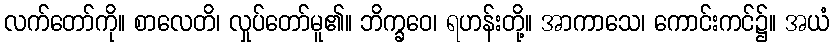
လက်တော်ကို။ စာလေတိ၊ လှုပ်တော်မူ၏။ ဘိက္ခဝေ၊ ရဟန်းတို့။ အာကာသေ၊ ကောင်းကင်၌။ အယံ